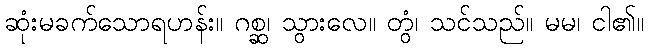
ဆုံးမခက်သောရဟန်း။ ဂစ္ဆ၊ သွားလေ။ တွံ၊ သင်သည်။ မမ၊ ငါ၏။